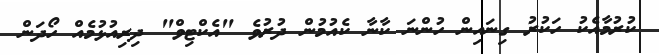
ކުރުމާއެކު ހަކުރު ގިނައިން ހުންނަ ކާނާ ކެއުމުން ދުރުވެ "އެކްޓިވް" ދިރިއުޅުމެއް ހޯދަން